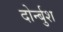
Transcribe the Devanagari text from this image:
दोर्न्बुश